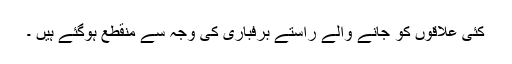
کئی علاقوں کو جانے والے راستے برفباری کی وجہ سے منقطع ہوگئے ہیں ۔